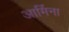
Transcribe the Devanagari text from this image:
आर्मिना